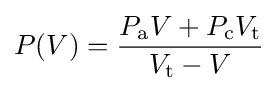
P(V)={\frac {P_{\text{a}}V+P_{\text{c}}V_{\text{t}}}{V_{\text{t}}-V}}